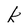
Character: k